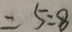
= 5 : 8